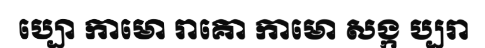
ប្បោ កាមោ រាគោ កាមោ សង្ក ប្បរា